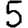
Digit: 5